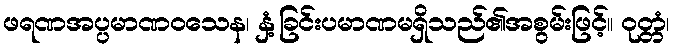
ဖရဏအပ္ပမာဏဝသေန၊ နှံ့ခြင်းပမာဏမရှိသည်၏အစွမ်းဖြင့်။ ဝုတ္တံ၊